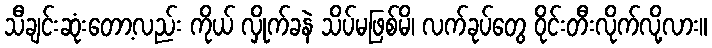
သီချင်းဆုံးတော့လည်း ကိုယ် လှိုက်ခနဲ သိပ်မဖြစ်မိ၊ လက်ခုပ်တွေ ဝိုင်းတီးလိုက်လို့လား။